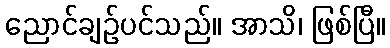
ညောင်ချဉ်ပင်သည်။ အာသိ၊ ဖြစ်ပြီ။